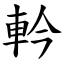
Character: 軡